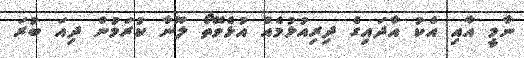
ނާމީ އާއި އެކު އާދައިގެ ދިރިއުޅުމެއް އުޅެވޭތޯ ލޫނާ ކުރަމުން ދިއަ ބުރަ